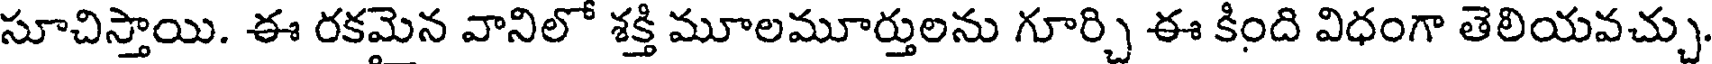
సూచిస్తాయి. ఈ రకమైన వానిలో శక్తి మూలమూర్తులను గూర్చి ఈ కింది విధంగా తెలియవచ్చు